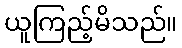
ယူကြည့်မိသည်။